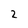
Character: 2